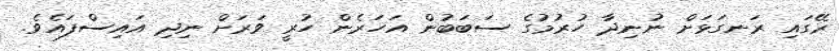
ރޭގައި ރަނގަޅަށް ނުނިދާ ހުރުމުގެ ސަބަބުން އަހަރެން ހުރީ ވަރަށް ނިދި އައިސްފައެވެ.